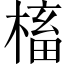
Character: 槒